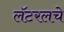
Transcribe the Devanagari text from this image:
लॅटरलचे